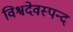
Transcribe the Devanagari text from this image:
विश्वदेवस्पन्द